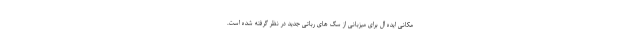
مکانی ایده آل برای میزبانی از سگ های رباتی جدید در نظر گرفته شده است.